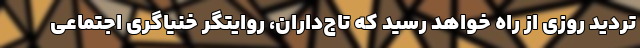
تردید روزی از راه خواهد رسید که تاج‌داران، روایتگر خنیاگری اجتماعی